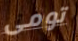
تومى